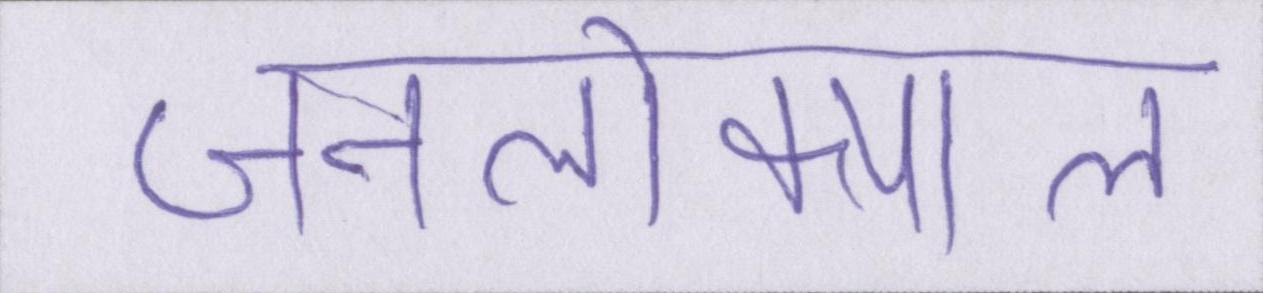
जनलोकपाल